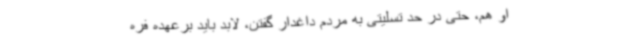
او هم، حتی در حد تسلیتی به مردم داغدار گفتن، لابد باید برعهده فره